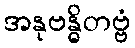
အနုဗန္ဓိတဗ္ဗံ